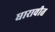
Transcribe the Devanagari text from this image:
धारावीत